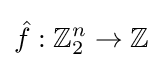
{\hat {f}}:\mathbb {Z} _{2}^{n}\to \mathbb {Z}